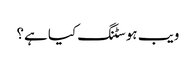
ویب ہوسٹنگ کیا ہے؟